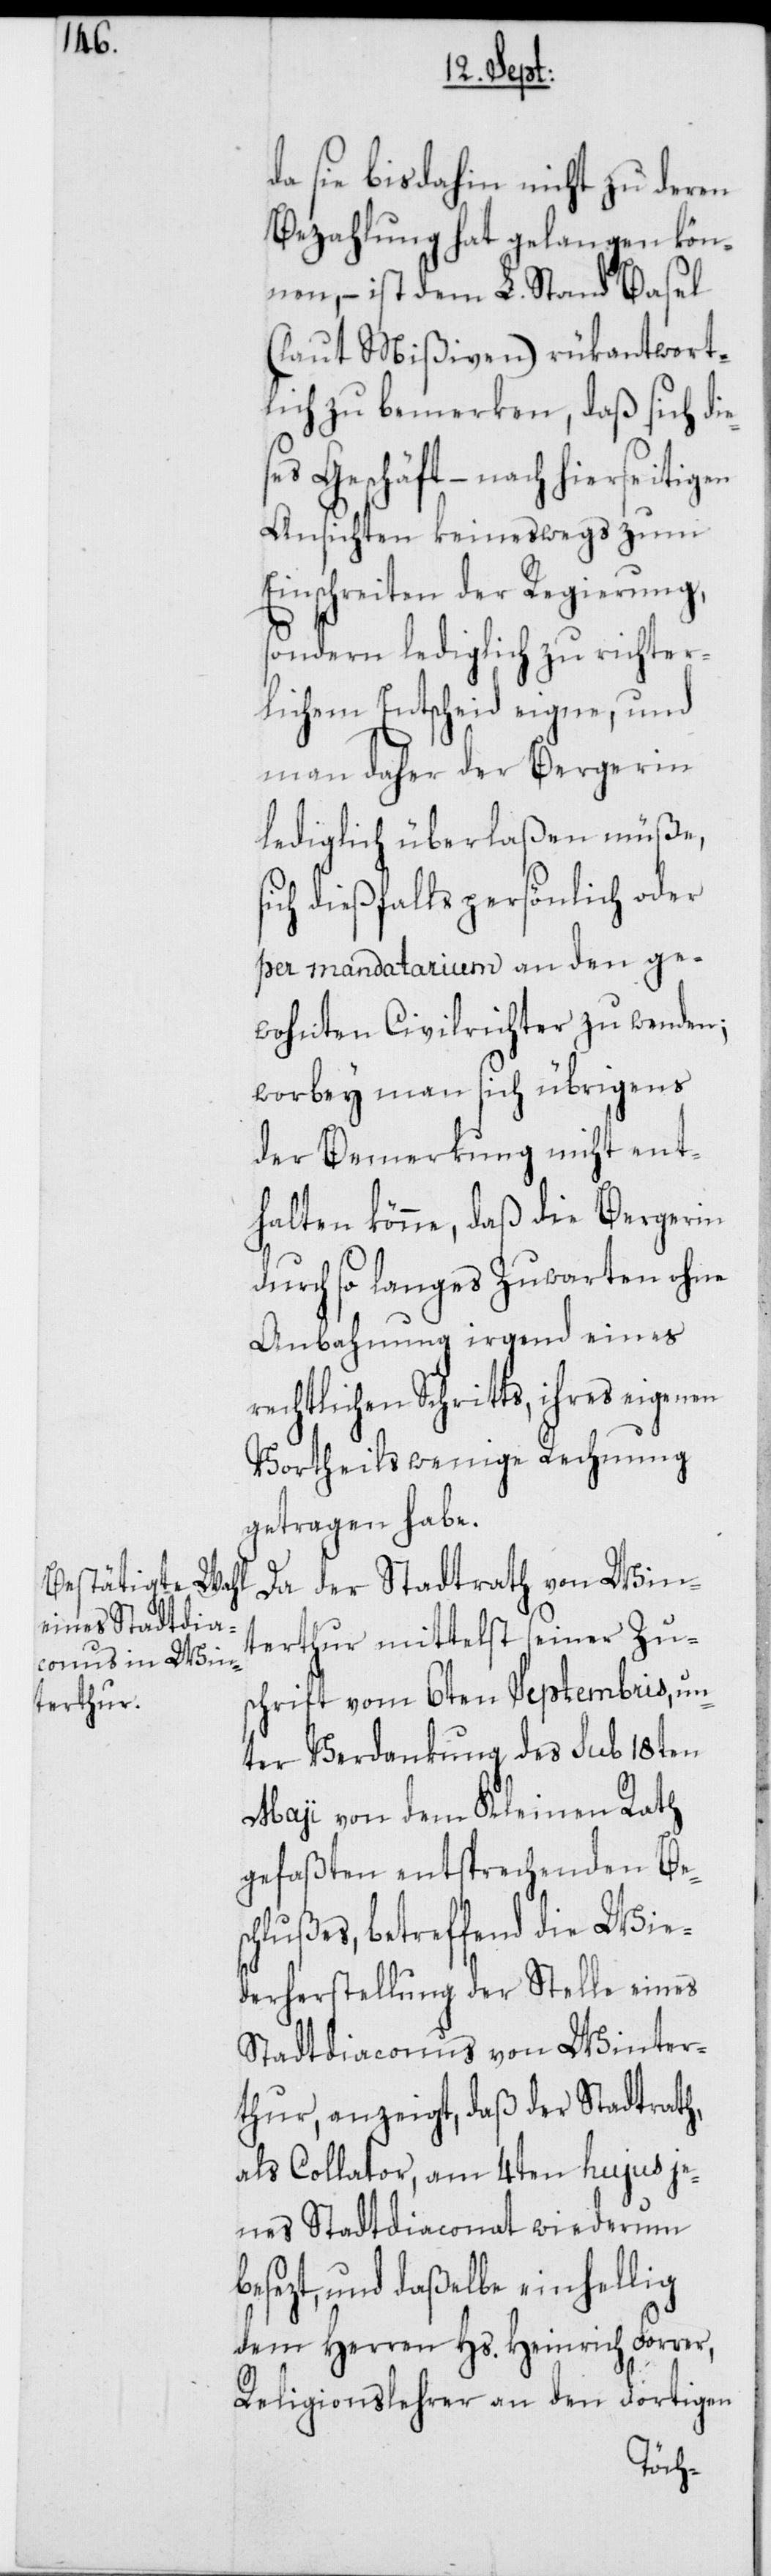
da sie bisdahin nicht zu deren
Bezahlung hat gelangen kön¬
nen, – ist dem L. Stand Basel
(laut Mißiven) rükantwort¬
lich zu bemerken, daß sich die¬
ses Geschäft – nach hierseitigen
Ansichten keineswegs zum
Einschreiten der Regierung,
sondern lediglich zu richter¬
lichem Entscheid eigne, und
man daher der Bergerin
lediglich überlaßen müße,
sich dießfalls persönlich oder
per mandatarium an den ge¬
wohnten Civilrichter zu wenden;
worbey man sich übrigens
der Bemerkung nicht ent¬
halten könne, daß die Bergerin
durch so langes Zuwarten ohne
Anbahnung irgend eines
rechtlichen Schritts, ihres eigenen
Vortheils wenige Rechnung
getragen habe.
Da der Stadtrath von Win¬
terthur mittelst seiner Zu¬
schrift vom 6ten Septembris, un¬
ter Verdankung des sub 18ten
Maji von dem Kleinen Rath
gefaßten entsprechenden Bes¬
chlußes, betreffend die Wie¬
derherstellung der Stelle eines
Stadtdiaconus von Winter¬
thur, anzeigt, daß der Stadtrath,
als Collator, am 4ten hujus je¬
nes Stadtdiaconat wiederum
besezt, und daßelbe einhellig
dem Herren Hs. Heinrich Forrer,
Religionslehrer an den dortigen